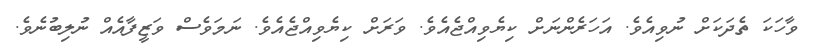
ވާހަކަ ތެދަކަށް ނުވިއެވެ. އަހަރެންނަށް ކިޔެވިއްޖެއެވެ. ވަރަށް ކިޔެވިއްޖެއެވެ. ނަމަވެސް ވަޒީފާއެއް ނުލިބުނެވެ.